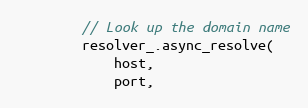
Language: C++
        // Look up the domain name
        resolver_.async_resolve(
            host,
            port,